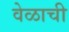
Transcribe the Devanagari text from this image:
वेळाची